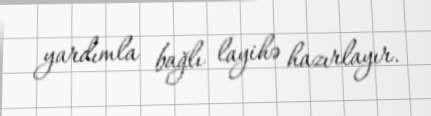
yardımla bağlı layihə hazırlayır.